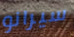
سيرانو